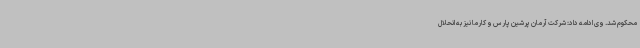
محکوم شد. وی ادامه داد: شرکت آرمان پرشین پارس و کارما نیز به انحلال